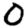
Digit: 0